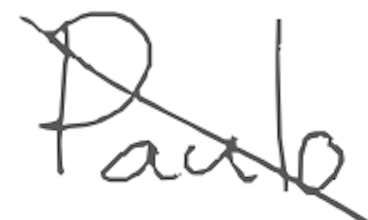
Text: Paulo
Cross-out: diagonal
Writing tool: digital_gray